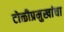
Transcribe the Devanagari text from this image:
टोळीप्रमुखांचा